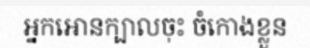
អ្នកអោនក្បាលចុះ ចំកោងខ្លួន